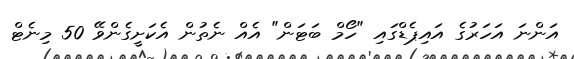
އަންނަ އަހަރުގެ އައިޕެޑްގައި "ހޯމް ބަޓަން" އެއް ނެތުން އެކަށީގެންވޭ 50 މިނެޓް